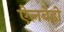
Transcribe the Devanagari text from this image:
ऐलबेडो